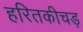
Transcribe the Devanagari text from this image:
हरितकीचड़